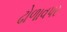
ઢોળાવપર